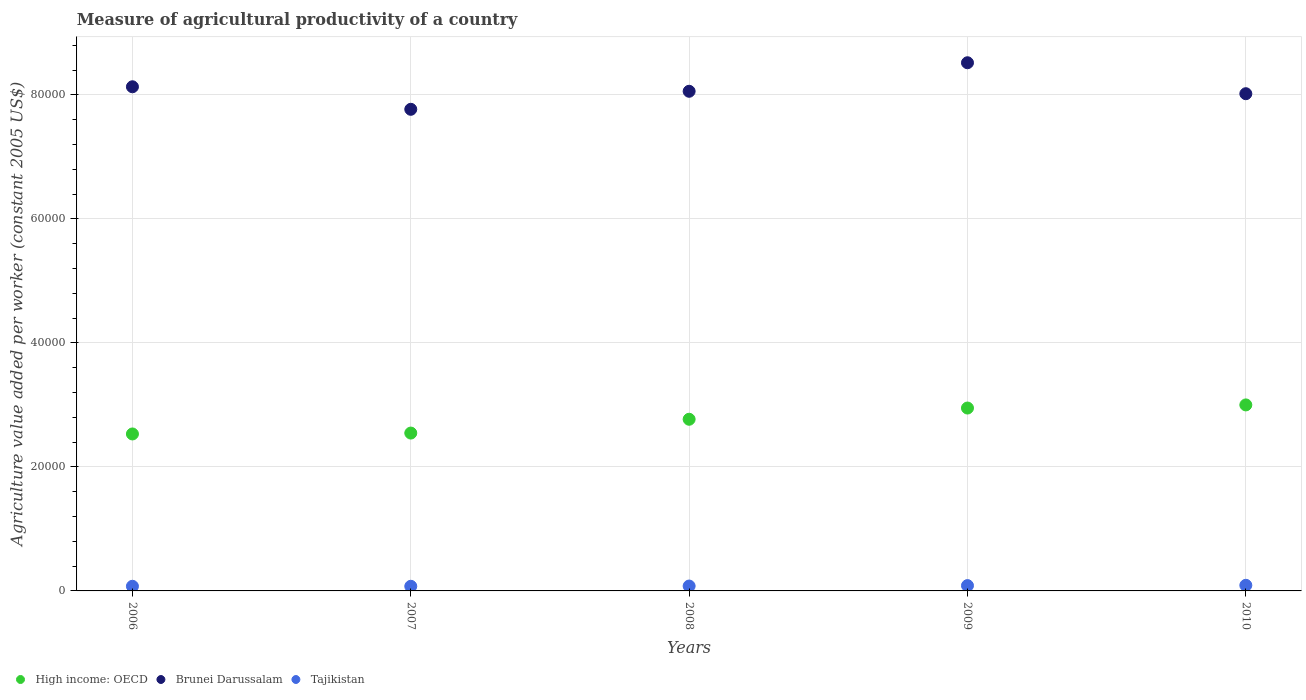
| Years | High income: OECD | Brunei Darussalam | Tajikistan |
 | --- | --- | --- | --- |
 | 2006 | 2.53e+04 | 8.13e+04 | 750 |
 | 2007 | 2.55e+04 | 7.77e+04 | 747 |
 | 2008 | 2.77e+04 | 8.06e+04 | 789 |
 | 2009 | 2.95e+04 | 8.52e+04 | 858 |
 | 2010 | 3e+04 | 8.02e+04 | 905 |